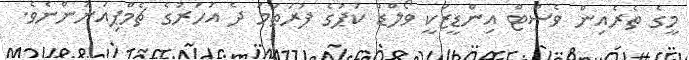
މީގެ ތެރެއިން ވެސްޓް އިންޑީޒަކީ ވޯލްޑް ކަޕުގެ ފުރަތަމަ ދެ އަހަރުގެ ޗެމްޕިއަނުންނެވެ.